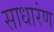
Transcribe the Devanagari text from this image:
साधारंण